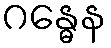
ဂန္ဓေန